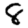
Digit: 8